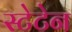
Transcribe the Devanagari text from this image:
स्टेटेन